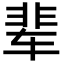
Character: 辈